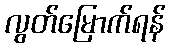
လွတ်မြောက်ရန်